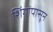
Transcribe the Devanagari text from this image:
शिंगांपासून